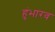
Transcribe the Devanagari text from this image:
हुंभारव